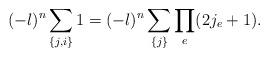
LaTeX: \begin{align*}(-\l)^n \sum_{\{j, i\}} 1 = (-\l)^n \sum_{\{j\}} \prod_e (2j_e+1).\end{align*}